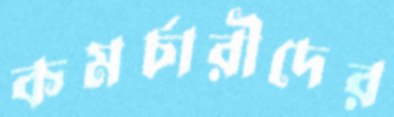
কমর্চারীদের